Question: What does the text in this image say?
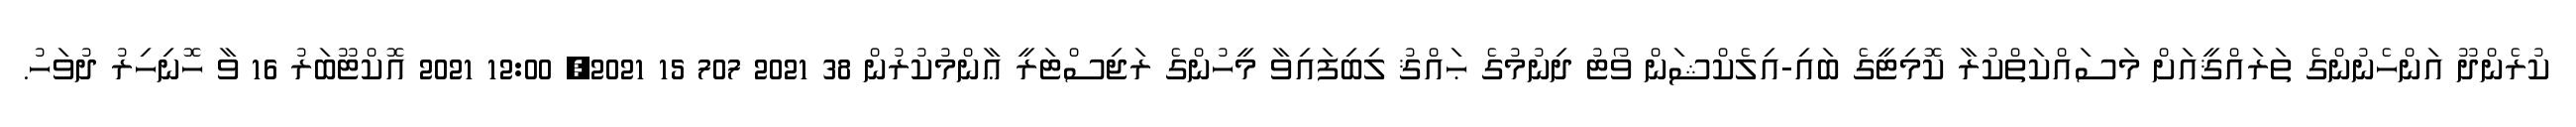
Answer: ކުރެންދޫ އަންހެނުންގެ ތަރައްޤީއަށް މަސައްކަތްކުރާ ކޮމިޓީގެ ބައި-އިލެކްޝަން ވޯޓު ދިނުމުގެ ޙައްޤު ލިބިފައިވާ މީހުންގެ ރަޖިސްޓަރީ ޢާންމުކުރުން 38 2021 707 15 2021, 12:00 2021 އޮކްޓޫބަރު 16 ވާ ހޮނިހިރު ދުވަހު.